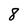
Character: 8